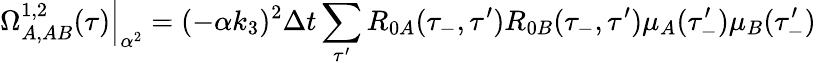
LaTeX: \Omega_{A,AB}^{1,2}(\tau)\Big|_{\alpha^{2}}=(-\alpha k_{3})^{2}\Delta t\sum_{\tau^{\prime}}R_{0A}(\tau_{-},\tau^{\prime})R_{0B}(\tau_{-},\tau^{\prime})\mu_{A}(\tau_{-}^{\prime})\mu_{B}(\tau_{-}^{\prime})